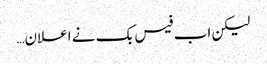
لیکن اب فیس بک نے اعلان…